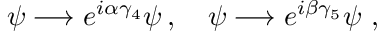
\psi \longrightarrow { e } ^ { i \alpha \gamma _ { 4 } } \psi \, , \quad \psi \longrightarrow { e } ^ { i \beta \gamma _ { 5 } } \psi \ ,